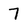
Character: 7